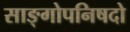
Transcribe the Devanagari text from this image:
साङ्गोपनिषदो